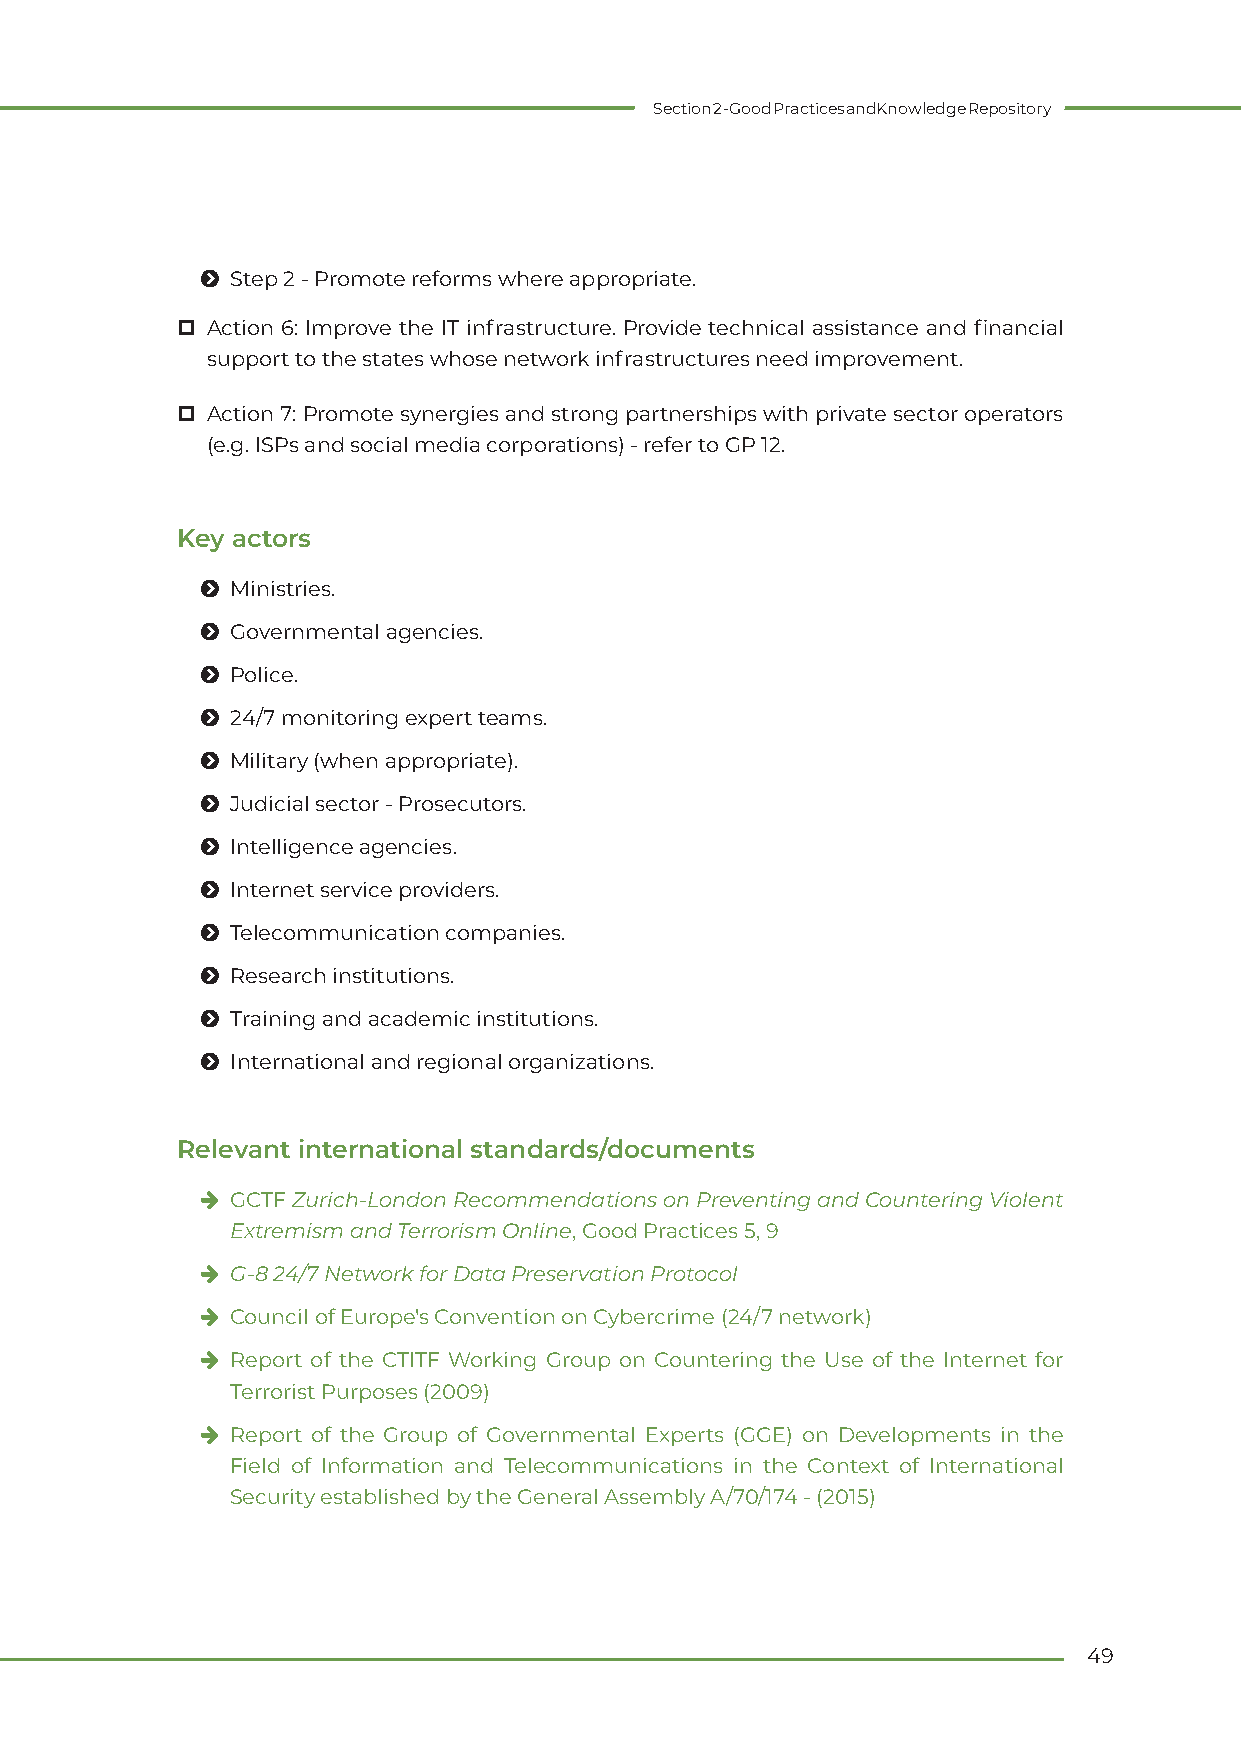
Section 2 - Good Practices and Knowledge Repository
 Ħ Step 2 - Promote reforms where appropriate.
  Action 6: Improve the IT infrastructure. Provide technical assistance and financial
 support to the states whose network infrastructures need improvement.
  Action 7: Promote synergies and strong partnerships with private sector operators
 (e.g. ISPs and social media corporations) - refer to GP 12.
 Key actors
 Ħ Ministries.
 Ħ Governmental agencies.
 Ħ Police.
 Ħ 24/7 monitoring expert teams.
 Ħ Military (when appropriate).
 Ħ Judicial sector - Prosecutors.
 Ħ Intelligence agencies.
 Ħ Internet service providers.
 Ħ Telecommunication companies.
 Ħ Research institutions.
 Ħ Training and academic institutions.
 Ħ International and regional organizations.
 Relevant international standards/documents
 h GCTF Zurich-London Recommendations on Preventing and Countering Violent
 Extremism and Terrorism Online, Good Practices 5, 9
 h G-8 24/7 Network for Data Preservation Protocol
 h Council of Europe's Convention on Cybercrime (24/7 network)
 h Report of the CTITF Working Group on Countering the Use of the Internet for
 Terrorist Purposes (2009)
 h Report of the Group of Governmental Experts (GGE) on Developments in the
 Field of Information and Telecommunications in the Context of International
 Security established by the General Assembly A/70/174 - (2015)
 49